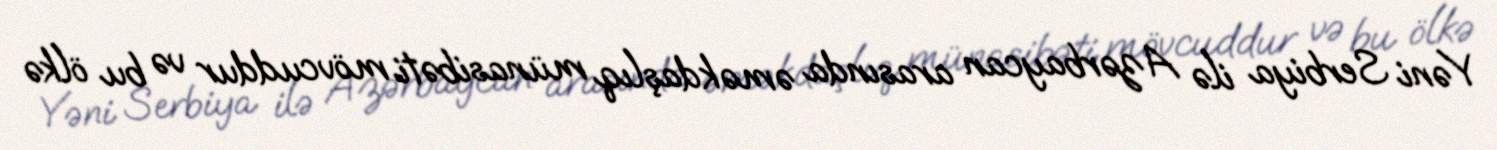
Yəni Serbiya ilə Azərbaycan arasında əməkdaşlıq münasibəti mövcuddur və bu ölkə